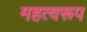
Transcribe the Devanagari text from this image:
महत्वरूप